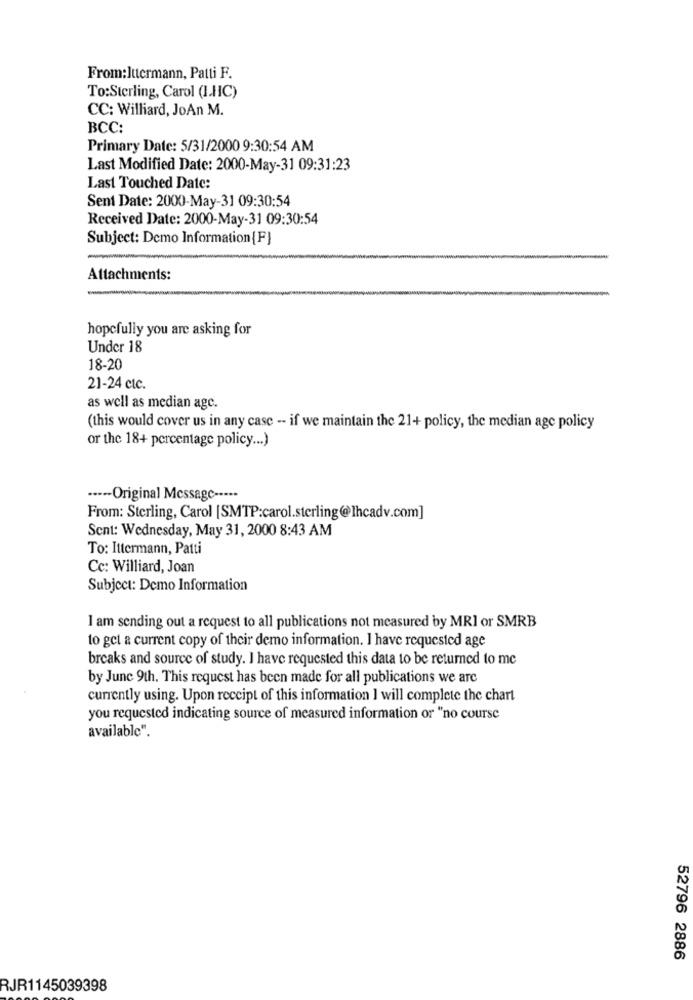
From:lucrmann, Patti F.
To:Sterling, Carol (LHC)
CC: Williard, JoAn M.
BCC:
Primary Date: 5/31/2000 9:30:54 AM
Last Modified Date: 2000-May-31 09:31:23
Last Touched Date:
Sent Date: 2000-May-31 09:30:54
Received Date: 2000-May-31 09:30:54
Subject: Demo Information {F}
Attachments:
hopefully you are asking for
Under 18
18-20
21-24 clc.
as well as median age.
(this would cover us in any case -- if we maintain the 21+ policy, the median age policy
or the 18+ percentage policy ... )
···-- Original Message -----
From: Sterling, Carol [SMTP:carol.sterling@Ihcadv.com]
Sent: Wednesday, May 31, 2000 8:43 AM
To: Ittermann, Patti
Cc: Williard, Joan
Subject: Demo Information
I am sending out a request to all publications not measured by MRI or SMRB
to get a current copy of their demo information. I have requested age
breaks and source of study. I have requested this data to be returned to me
by June 9th. This request has been made for all publications we are
currently using. Upon receipt of this information I will complete the chart
you requested indicating source of measured information or "no course
available".
52796 2886
RJR1145039398